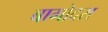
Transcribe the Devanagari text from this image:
बागोदरा